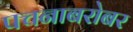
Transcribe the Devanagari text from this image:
पचनाबरोबर